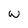
Character: W